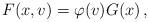
LaTeX: \begin{align*}F(x,v) = \varphi (v) G(x) \, ,\end{align*}